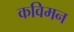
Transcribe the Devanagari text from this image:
कविमन